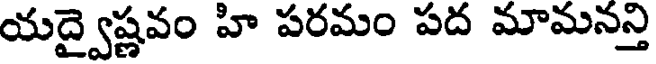
యద్వైష్ణవం హి పరమం పద మామన్తి